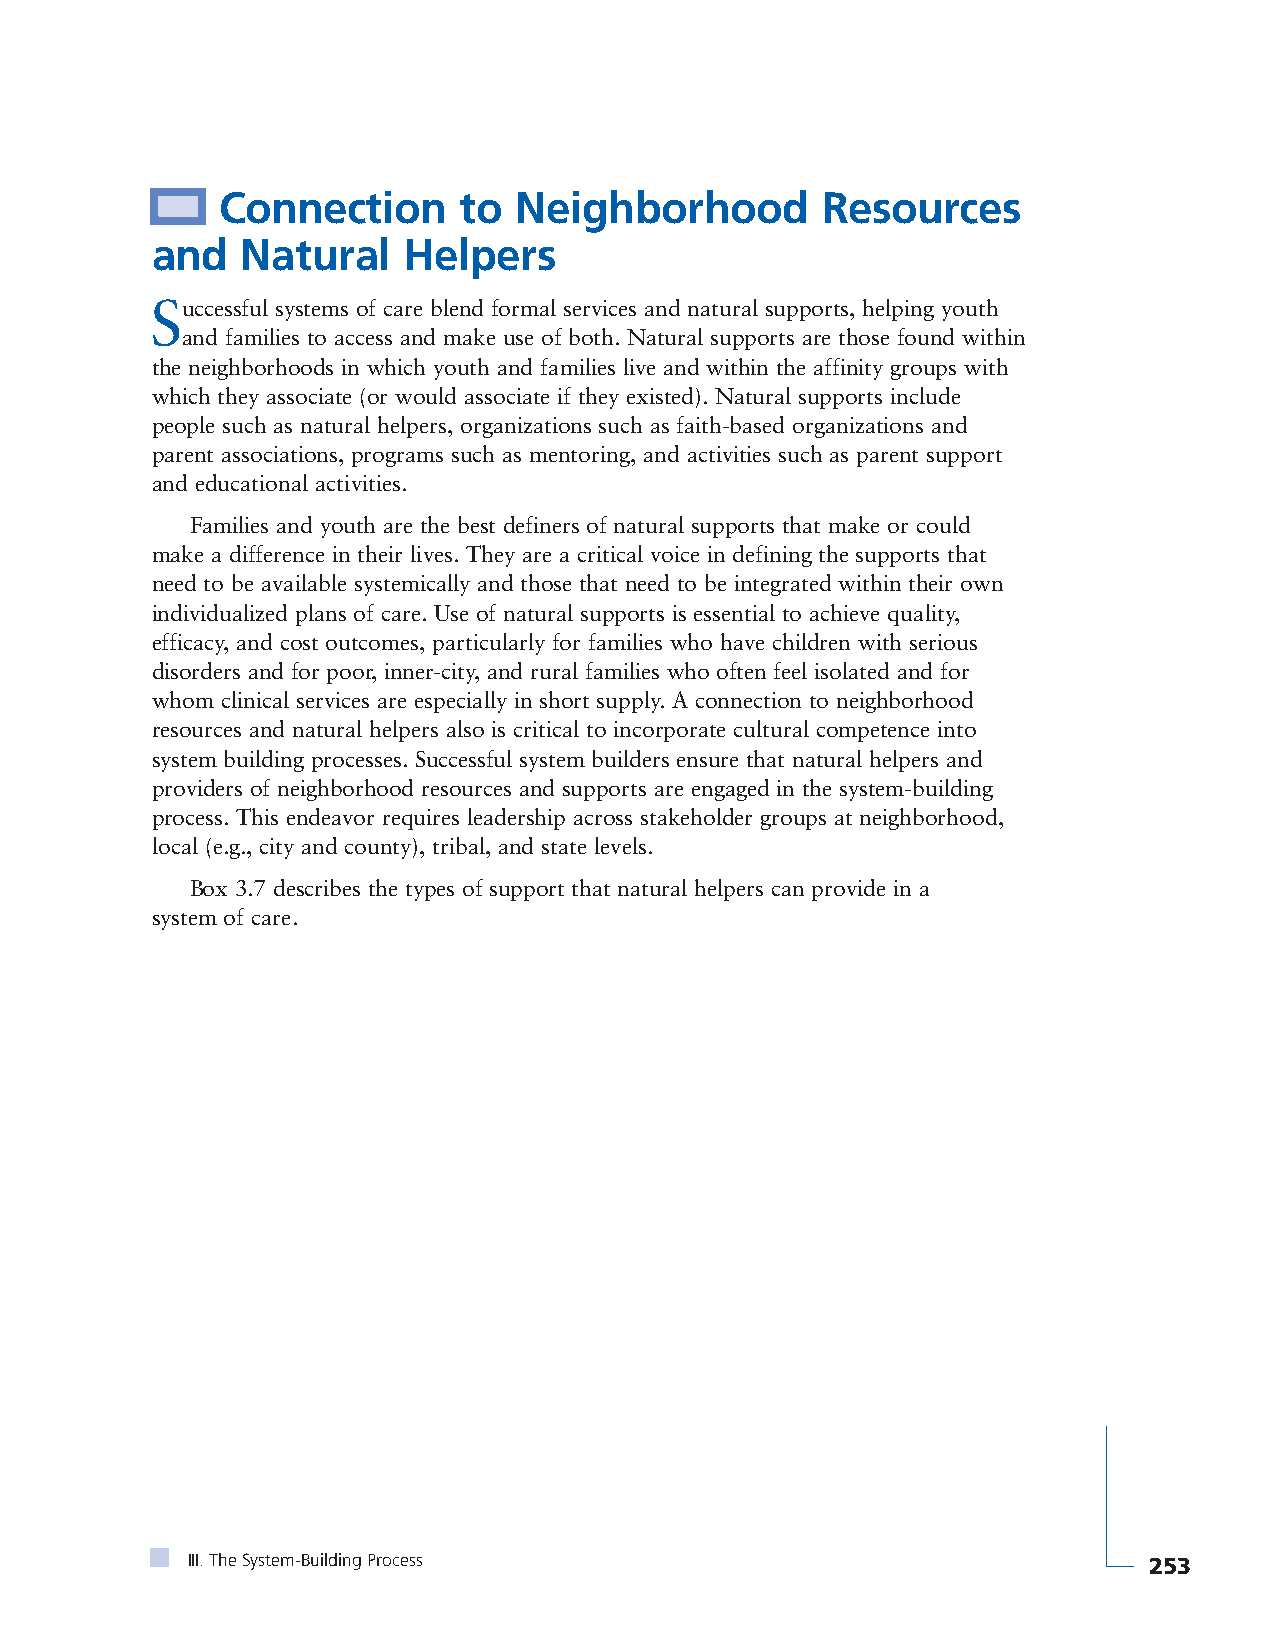
Connection      to  Neighborhood        Resources
 and   Natural    Helpers
 Successful systems of care blend formal services and natural supports, helping youth
 and families to access and make use of both. Natural supports are those found within
 the neighborhoods in which youth and families live and within the affinity groups with
 which they associate (or would associate if they existed). Natural supports include
 people such as natural helpers, organizations such as faith-based organizations and
 parent associations, programs such as mentoring, and activities such as parent support
 and educational activities.
 Families and youth are the best definers of natural supports that make or could
 make a difference in their lives. They are a critical voice in defining the supports that
 need to be available systemically and those that need to be integrated within their own
 individualized plans of care. Use of natural supports is essential to achieve quality,
 efficacy, and cost outcomes, particularly for families who have children with serious
 disorders and for poor, inner-city, and rural families who often feel isolated and for
 whom clinical services are especially in short supply. A connection to neighborhood
 resources and natural helpers also is critical to incorporate cultural competence into
 system building processes. Successful system builders ensure that natural helpers and
 providers of neighborhood resources and supports are engaged in the system-building
 process. This endeavor requires leadership across stakeholder groups at neighborhood,
 local (e.g., city and county), tribal, and state levels.
 Box 3.7 describes the types of support that natural helpers can provide in a
 system of care.
 III. The System-Building Process                                253